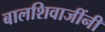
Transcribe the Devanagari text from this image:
बालशिवाजींनी